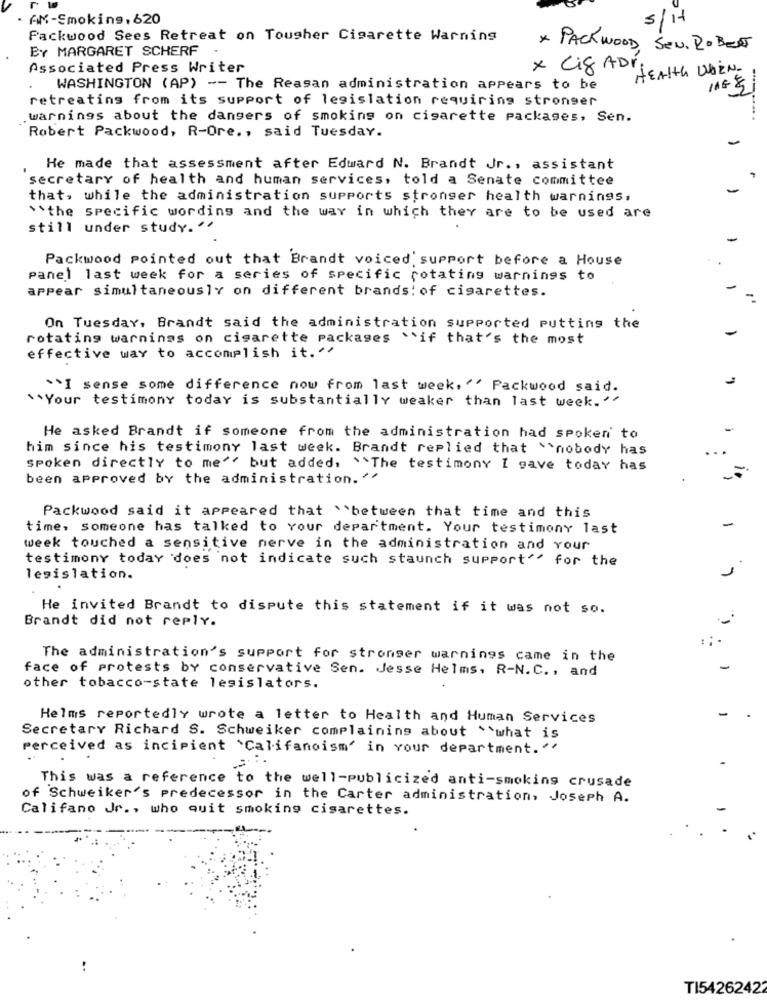
AM-Smoking, 620
S/H1
Packwood Sees Retreat on Tougher Cigarette Warning
BY MARGARET SCHERF
* PACKWOOD SEN. ROBERT
Associated Press Writer
x Ci8 ADri
HEAIth WHEN .
WASHINGTON (AP) -- The Reasan administration appears to be
retreating from its support of legislation requiring stronger
warnings about the dangers of smoking on cigarette packages, Sen.
Robert Packwood, R-Ore ., said Tuesday.
He made that assessment after Edward N. Brandt Jr ., assistant
secretary of health and human services, told a Senate committee
that, while the administration supports stronger health warnings,
"the specific wording and the way in which they are to be used are
still under study."
Packwood pointed out that Brandt voiced support before a House
panel last week for a series of specific rotating warnings to
appear simultaneously on different brands: of cigarettes.
On Tuesday, Brandt said the administration supported putting the
rotating warnings on cigarette packages ``if that's the most
effective way to accomplish it."
``I sense some difference now from last week, " Packwood said.
** Your testimony today is substantially weaker than last week. "
He asked Brandt if someone from the administration had spoken to
him since his testimony last week. Brandt replied that ``nobody has
spoken directly to me'' but added, "The testimony I gave today has
been approved by the administration. "
Packwood said it appeared that \between that time and this
time, someone has talked to Your department. Your testimony last
week touched a sensitive nerve in the administration and Your
testimony today does not indicate such staunch support" for the
legislation.
He invited Brandt to dispute this statement if it was not so.
Brandt did not reply.
The administration's support for stronger warnings came in the
face of protests by conservative Sen. Jesse Helms, R-N.C ., and
other tobacco-state legislators.
Helms reportedly wrote a letter to Health and Human Services
Secretary Richard S. Schweiker complaining about what is
perceived as incipient \Califanoism' in Your department."
This was a reference to the well-publicized anti-smoking crusade
of Schweiker's predecessor in the Carter administration, Joseph A.
Califano Jr ., who quit smoking cigarettes.
TI54262422